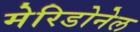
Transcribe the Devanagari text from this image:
मेरिडोनेल